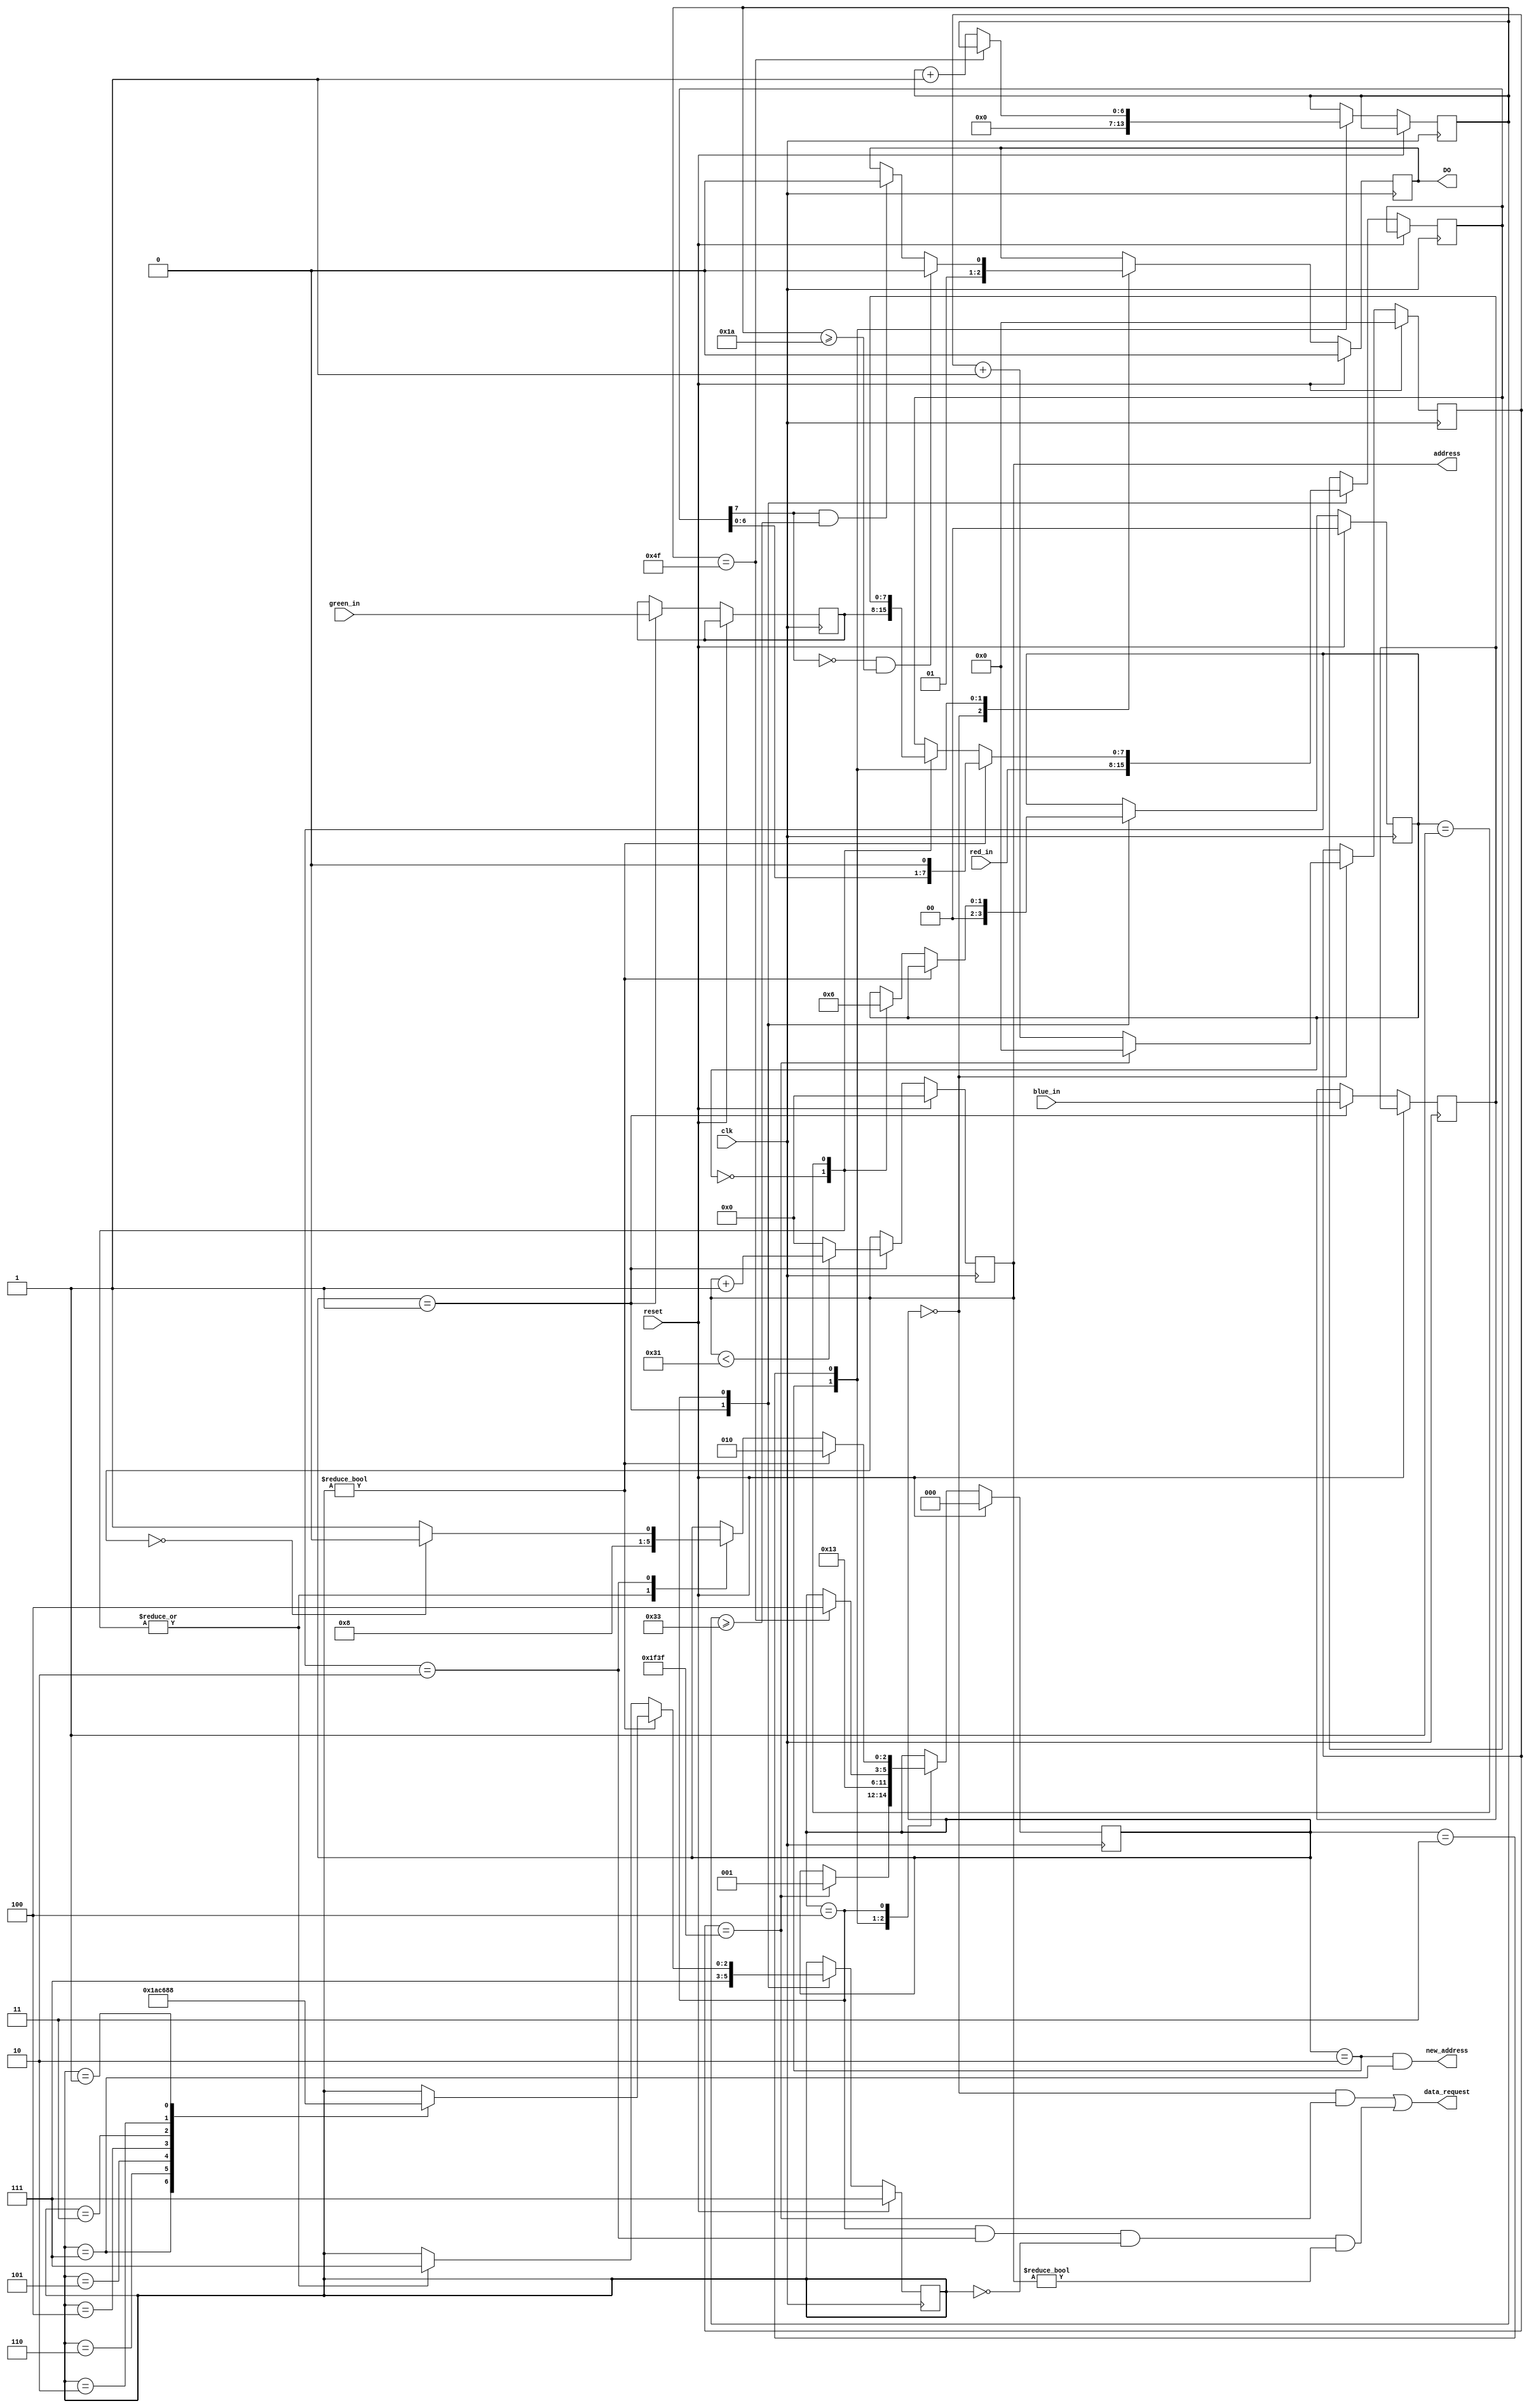
module ws2811
  #(
    parameter NUM_LEDS          = 49,          // The number of LEDS in the chain (actually have 49!)
    parameter SYSTEM_CLOCK      = 64_000_000 // The frequency of the input clock signal, in Hz. This value must be correct in order to have correct timing for the WS2811 protocol.
    )
   (
    input                              clk,          // Clock input.
    input                              reset,        // Resets the internal state of the driver

    /////////////////////
    // Control signals //
    /////////////////////
    output                             data_request, // This signal is asserted one cycle before red_in, green_in, and blue_in are sampled.
    output                             new_address,  // This signal is asserted whenever the address signal is updated to its new value.
    output reg [LED_ADDRESS_WIDTH-1:0] address,      // The current LED number. This signal is incremented to the next value two cycles after the last time data_request was asserted.
    
    input [7:0]                        red_in,       // 8-bit red data
    input [7:0]                        green_in,     // 8-bit green data
    input [7:0]                        blue_in,      // 8-bit blue data
   
    ////////////////////
    // External ports //
    ////////////////////
    output reg                         DO            // Signal to send to WS2811 chain.
    );
   
   function integer log2;
      input integer                    value;
      begin
         value = value-1;
         for (log2=0; value>0; log2=log2+1)
           value = value>>1;
      end
   endfunction
	
   localparam integer LED_ADDRESS_WIDTH = 8;         // Number of bits to use for address input

   /////////////////////////////////////////////////////////////
   // Timing parameters for the WS2811                        //
   // The LEDs are reset by driving D0 low for at least 50us. //
   // Data is transmitted using a 800kHz signal.              //
   // A '1' is 50% duty cycle, a '0' is 20% duty cycle.       //
   /////////////////////////////////////////////////////////////
   localparam integer CYCLE_COUNT         = SYSTEM_CLOCK / 800000;
   localparam integer H0_CYCLE_COUNT      = 0.32 * CYCLE_COUNT;
   localparam integer H1_CYCLE_COUNT      = 0.64 * CYCLE_COUNT;
   localparam integer CLOCK_DIV_WIDTH     = log2(CYCLE_COUNT);
   
   localparam integer RESET_COUNT         = 100 * CYCLE_COUNT;
   localparam integer RESET_COUNTER_WIDTH = log2(RESET_COUNT);

   reg [CLOCK_DIV_WIDTH-1:0]             clock_div;           // Clock divider for a cycle
   reg [RESET_COUNTER_WIDTH-1:0]         reset_counter;       // Counter for a reset cycle
   
   localparam STATE_RESET    = 3'd0;
   localparam STATE_LATCH    = 3'd1;
   localparam STATE_PRE      = 3'd2;
   localparam STATE_TRANSMIT = 3'd3;
   localparam STATE_POST     = 3'd4;
   reg [2:0]                           state;              // FSM state

   localparam COLOR_G     = 2'd0;
   localparam COLOR_R     = 2'd1;
   localparam COLOR_B     = 2'd2;
   reg [1:0]                           color;              // Current color being transferred
                          
   reg [7:0]                           red;
   reg [7:0]                           green;
   reg [7:0]                           blue;
   
   reg [7:0]                           current_byte;       // Current byte to send
   reg [2:0]                           current_bit;        // Current bit index to send

   wire                                reset_almost_done;
   wire                                led_almost_done;

   assign reset_almost_done = (state == STATE_RESET) && (reset_counter == RESET_COUNT-1);
   assign led_almost_done   = (state == STATE_POST)  && (color == COLOR_B) && (current_bit == 0) && (address != 0);

   assign data_request = reset_almost_done || led_almost_done;
   assign new_address  = (state == STATE_PRE) && (current_bit == 7);
   
   always @ (posedge clk) begin
      if (reset) begin
         address <= 0;
         state <= STATE_RESET;
         DO <= 0;
         reset_counter <= 0;
         color <= COLOR_G;
         current_bit <= 7;
      end
      else begin
         case (state)
           STATE_RESET: begin
              // De-assert DO, and wait for 75 us.
              DO <= 0;
              if (reset_counter == RESET_COUNT-1) begin
                 reset_counter <= 0;
                 state <= STATE_LATCH;
              end
              else begin
                 reset_counter <= reset_counter + 1;
              end
           end // case: STATE_RESET
           STATE_LATCH: begin
              // Latch the input
              red <= green_in;
//              green <= green_in;
              blue <= blue_in;

              // Setup the new address
              if (address < NUM_LEDS) begin
                address <= address + 1;
              end
              else begin
                address <= 0;
              end
              
              // Start sending green
              color <= COLOR_G;
              current_byte <= red_in;
              current_bit <= 7;
              
              state <= STATE_PRE;
           end
           STATE_PRE: begin
              // Assert DO, start clock divider counter
              clock_div <= 0;
              DO <= 1;
              state <= STATE_TRANSMIT;
           end
           STATE_TRANSMIT: begin
              // De-assert DO after a certain amount of time, depending on if you're transmitting a 1 or 0.
              if (current_byte[7] == 0 && clock_div >= H0_CYCLE_COUNT) begin
                 DO <= 0;
              end
              else if (current_byte[7] == 1 && clock_div >= H1_CYCLE_COUNT) begin
                 DO <= 0;
              end
              // Advance cycle counter
              if (clock_div == CYCLE_COUNT-1) begin
                 state <= STATE_POST;
              end
              else begin
                 clock_div <= clock_div + 1;
              end
           end
           STATE_POST: begin
              if (current_bit != 0) begin
                 // Start sending next bit of data
                 current_byte <= {current_byte[6:0], 1'b0};
                 case (current_bit)
                    7: current_bit <= 6;
                    6: current_bit <= 5;
                    5: current_bit <= 4;
                    4: current_bit <= 3;
                    3: current_bit <= 2;
                    2: current_bit <= 1;
                    1: current_bit <= 0;
                 endcase
                 state <= STATE_PRE;
              end
              else begin
                 // Advance to the next color. If we were on blue, advance to the next LED
                 case (color)
                    COLOR_G: begin
                       color <= COLOR_R;
                       current_byte <= red;
                       current_bit <= 7;
                       state <= STATE_PRE;
                    end
                   COLOR_R: begin
                      color <= COLOR_B;
                      current_byte <= blue;
                      current_bit <= 7;
                      state <= STATE_PRE;
                   end
                   COLOR_B: begin
                      // If we were on the last LED, send out reset pulse
                      if (address == 0) begin
                         state <= STATE_RESET;
                      end
                      else begin
                         state <= STATE_LATCH;
                      end
                   end
                 endcase // case (color)
              end
           end
         endcase
      end
   end
   
endmodule